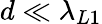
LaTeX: d\ll\lambda_{L1}